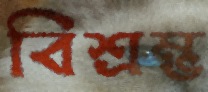
বিশ্রম্ভ